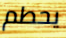
يحطم